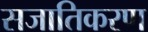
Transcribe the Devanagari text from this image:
सजातिकरण